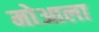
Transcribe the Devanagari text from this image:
मोआला